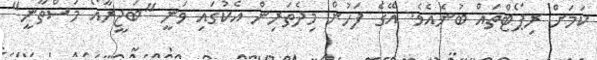
ކަމަށް ރިޕޯޓްތައް ބުނެއެވެ. އޭގެ ފަހުން މިދެތަރިން އެކުގައި ވަނީ "ބަޖީރާއޯ މަސްތާނީ"